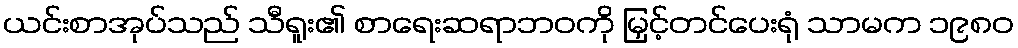
ယင်းစာအုပ်သည် သီရူး၏ စာရေးဆရာဘဝကို မြှင့်တင်ပေးရုံ သာမက ၁၉၈၀